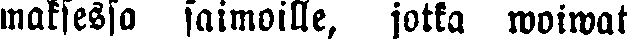
maksessa saimoille, jotka woiwat